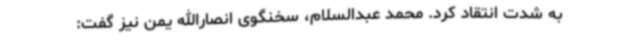
به شدت انتقاد کرد. محمد عبدالسلام، سخنگوی انصارالله یمن نیز گفت: